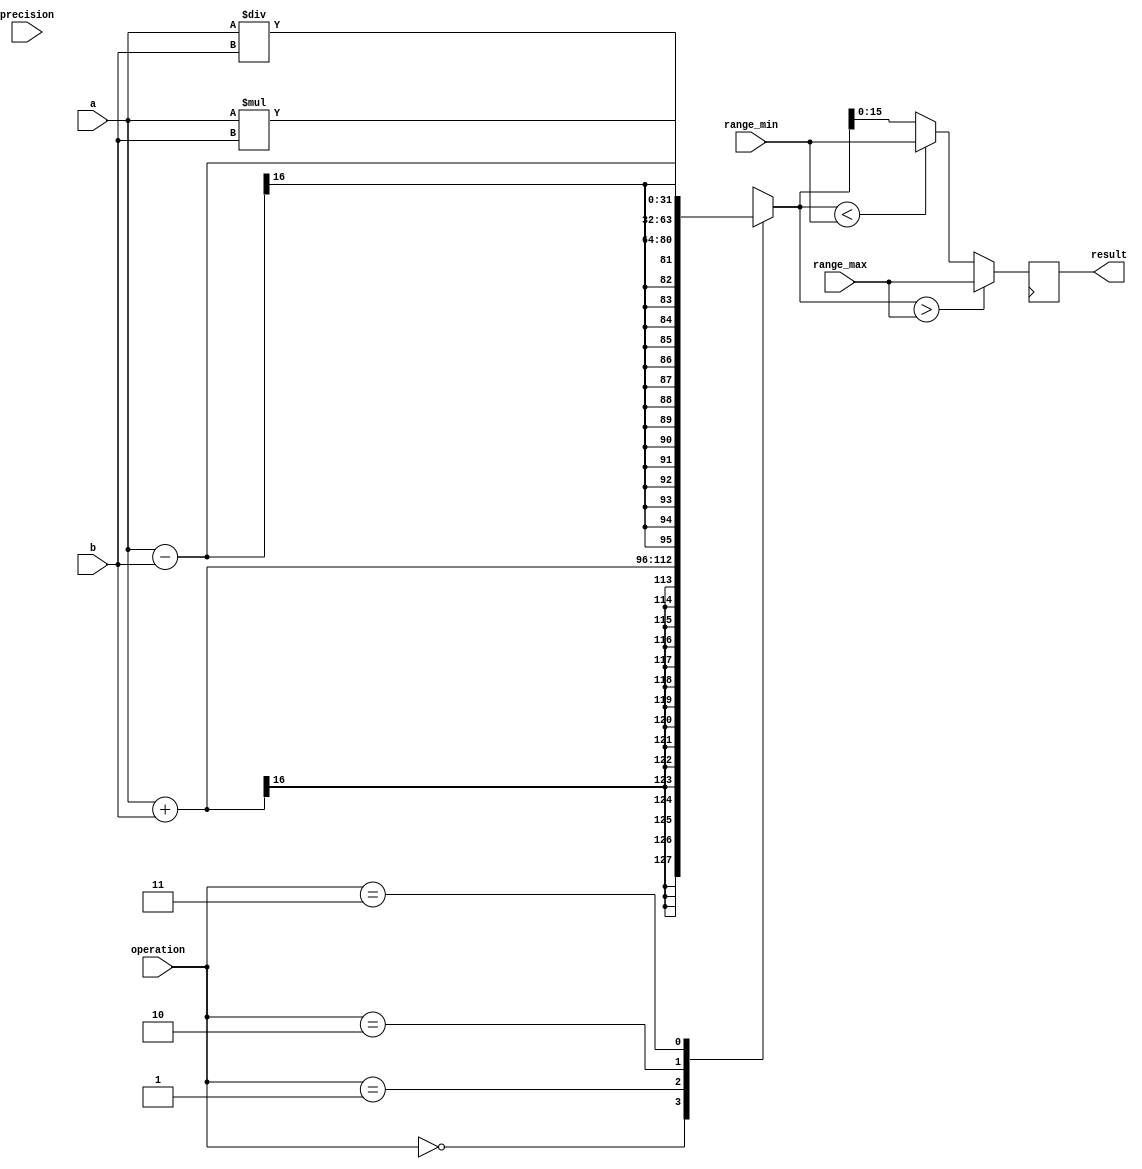
module fixed_point_unit (
    input signed [15:0] a,
    input signed [15:0] b,
    input [7:0] precision,
    input [15:0] range_min,
    input [15:0] range_max,
    input [1:0] operation, // 0: addition, 1: subtraction, 2: multiplication, 3: division
    output reg signed [15:0] result
);

reg signed [31:0] temp_result;

always @(*) begin
    case(operation)
        0: temp_result = a + b;
        1: temp_result = a - b;
        2: temp_result = a * b;
        3: temp_result = a / b;
    endcase
end

always @(posedge clk) begin
    if(temp_result > range_max) begin
        result = range_max;
    end else if(temp_result < range_min) begin
        result = range_min;
    end else begin
        result = temp_result;
    end
end

endmodule